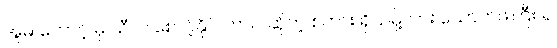
အူမ တောင့် မှ သီလ စောင့်နိုင် တယ် ဆိုတဲ့ စကား ရှိသမို့လား ယောက်ဖကြီး ရ